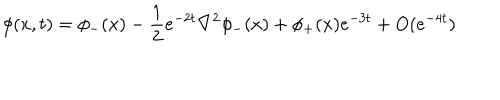
\phi ( x , t ) = \phi _ { - } ( x ) - \frac { 1 } { 2 } e ^ { - 2 t } \nabla ^ { 2 } \phi _ { - } ( x ) + \phi _ { + } ( x ) e ^ { - 3 t } + O ( e ^ { - 4 t } )